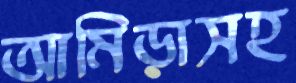
আমিড়াসহ